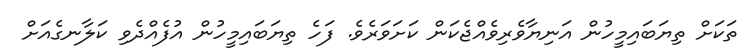
ތަކަށް ތިޔަބައިމީހުން އަނިޔާވެރިވެއްޖެކަން ކަށަވަރެވެ. ފަހެ ތިޔަބައިމީހުން އުފެއްދެވި ކަލާނގެއަށް